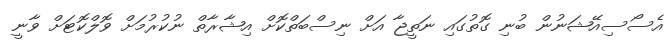
އެސޯސިއޭޝަނުން ބުނި ގޮތުގައި ނަތީޖާ އަށް ނިސްބަތްކޮށް އިޝާރާތް ނުކުރުމަށް ވޮލްކޮޓަށް ވާނީ